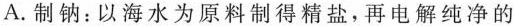
A.制钠：以海水为原料制得精盐，再电解纯净的